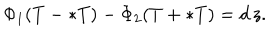
\Phi _ { 1 } ( T - \ast T ) - \Phi _ { 2 } ( T + \ast T ) = d \, z .